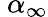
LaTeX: \ \alpha_{\infty}